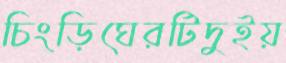
চিংড়িঘেরটিদুইয়